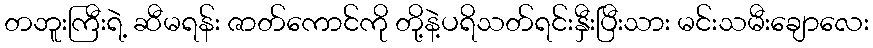
တဘူးကြီးရဲ့ ဆီမရန်း ဇာတ်ကောင်ကို တို့နဲ့ပရိသတ်ရင်းနှီးပြီးသား မင်းသမီးချောလေး